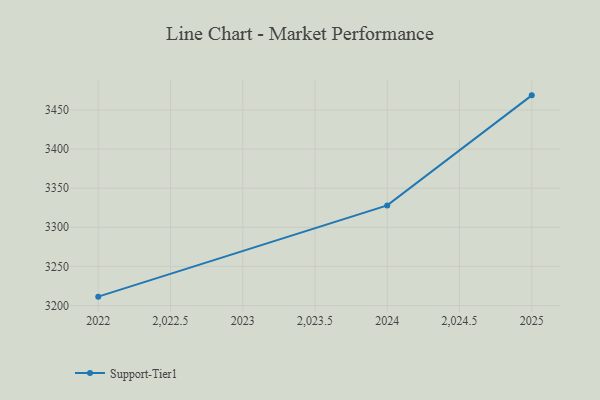
{"axis": {"x": "Year", "y": "Satisfaction Score"}, "legend": ["Support-Tier1"], "data": [{"x": "2022", "y": 3211.3, "type": "Support-Tier1"}, {"x": "2024", "y": 3328.0, "type": "Support-Tier1"}, {"x": "2025", "y": 3468.7, "type": "Support-Tier1"}]}